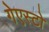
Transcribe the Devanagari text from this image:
गेएस्टो